Vital statistics of India. Vol. IV, Annual returns from 1871 to 1876. British Army of India, Native Army and jails of Bengal
Year: 1871
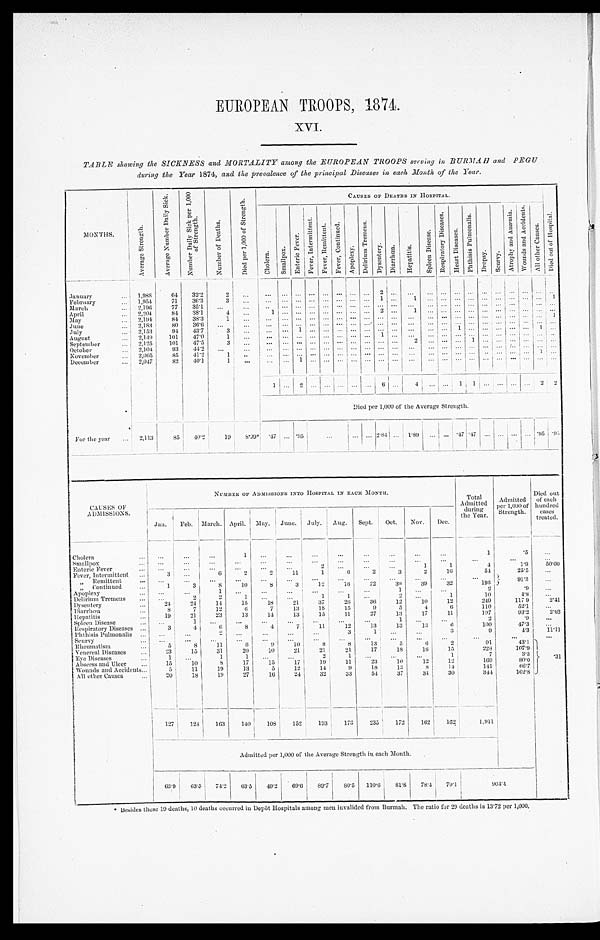
EUROPEAN TROOPS, 1874.
XVI.
TABLE showing the SICKNESS and MORTALITY among the EUROPEAN TROOPS serving in BURMAH and PEGU
during the Year 1874, and the prevalence of the principal Diseases in each Month of the Year.
MONTHS.
A v e r a g e S t r e n g t h .
A v e r a g e N u m b e r D a i l y S i c k .
N u m b e r D a i l y S i c k p e r 1 , 0 0 0 o f S t r e n g t h .
N u m b e r o f D e a t h s .
D i e d p e r 1 , 0 0 0 o f S t r e n g t h .
C A U S E S O F D E A T H S I N H O S P I T A L .
D i e d o u t o f H o s p i t a l .
C h o l e r a .
S m a l l p o x . Ent er i c Fever .
F e v e r , I n t e r m i t t e n t .
F e v e r , R e m i t t e n t .
F e v e r , C o n t i n u e d .
A p o p l e x y .
D e l i r i u m T r e m e n s .
D y s e n t e r y .
D i a r r h œ a .
H e p a t i t i s .
S p l e e n D i s e a s e .
R e s p i r a t o r y D i s e a s e s .
H e a r t D i s e a s e s .
P h t h i s i s P u l mo n a l i s .
D r o p s y .
S c u r v y .
A t r o p h y a n d A n æ m i a . W o u n d s a n d A c c i d e n t s .
A l l o t h e r C a u s e s .
January . . .
1,988
64
32.2
2
. . .
. . .
. . . . . .
. . .
. . .
. . .
. . .
. . .
2 . . .
. . .
. . .. . .
. . .
. . . . . . . . .. . . . . . . . .
. . .
February . . .
1,954
71
36.3
3
. . .
. . .
. . . . . .
. . . . . .
. . .
. . .
. . .
1 . . .
1
. . . . . .
. . .. . .
. . . . . . . . . . . .
. . .
1
March . . .
2,196
77
35.1
. . .
. . .
. . .
. . . . . .
. . .
. . .
. . .
. . .
. . . . . .. . .
. . .
. . . . . .
. . . . . . . . . . . . . . . . . . . . .
. . .
April . . .
2,204
84
38.1
4
. . . 1
. . .. . .
. . .
. . .
. . .
. . .
. . . 2 . . .
1
. . . . . .
. . . . . . . . . . . . . . . . . . . . .
. . .
May . . .
2,194
84
38.3
1 . . .
. . .
. . . . . .
. . .
. . .
. . .
. . .
. . . . . . . . .
. . .
. . . . . .
. . . . . . . . . . . . . . . . . . . . . 1
June . . .
2,183
80
36.6
. . .
. . .
. . .
. . . . . .
. . .
. . .
. . .
. . .
. . .. . . . . .
. . .
. . . . . .
. . .. . . . . . . . . . . . . . .
. . .
. . .
July . . .
2,153
94
43.7
3
. . .
. . .
. . . 1
. . .
. . .
. . .
. . .
. . .. . . . . .
. . .
. . .. . .
1 . . . . . .. . . . . . . . . 1
. . .
August . . .
2,149
101
47.0
1
. . .
. . .
. . . . . .
. . . . . .
. . .
. . .
. . . 1 . . .
. . .
. . .. . .
. . .. . .
. . . . . . . . . . . . . . .
. . .
September . . .
2,125
101
47.5
3
. . .
. . .
. . . . . .
. . .
. . .
. . .
. . .
. . . . . .
. . . 2
. . .. . .
. . .1
. . .. . . . . . . . . . . .
. . .
October . . .
2,104
93
44.2
. . .
. . .
. . .
. . . . . .
. . .
. . .
. . .
. . .
. . . . . . . . . . . .
. . .. . .
. . .. . .
. . . . . . . . . . . . . . .
. . .
November . . .
2,065
85
41.2
1
. . .
. . .
. . . . . .
. . .
. . .
. . .
. . .
. . . . . . . . . . . .
. . .. . .
. . .. . . . . .. . . . . . . . . 1
. . .
December . . .
2,047
82
40.1
1
. . .
. . .
. . . 1
. . .
. . .
. . .
. . .
. . . . . .
. . .
. . .
. . . . . .
. . . . . .
. . .
. . . . . . . . .
. . .
. . .
1
. . .2
. . .
. . .
. . .
. . .
. . .
6 . . .
4
. . .. . .
1 1
. . . . . . . . . . . .
2
2
Died per 1,000 of the Average Strength
.
F o r t h e y e a r . . . 2,113
85
40.2
1 9
8. 99*
. 47
. . . .95
. . .
. . .
. . . 2.84
. . .
1.89
. . .
. . .
. 4 7 .47
. . .
. . .
. . . . . . .95
. 9 5
CAUSES OF
ADMISSIONS.
NUMBER OF ADMISSIONS INTO HOSPITAL IN EACH MONTH.
Total
Admitted
during
the Year.
Admitted
per 1000 of
Strength.
Died out
of each
hundred
cases
treated.
Jan.
Feb. March.
A p r i l .
M a y . June.
July.
Aug.
Sept.
Oct.
Nov.
Dec.
Cholera . . .
. . .
. . .
. . .
1
. . .
. . .
. . .
. . .
. . .
. . .
. . .
. . .
1
.5
. . .
Smallpox . . .
. . .
. . .
. . .
. . .
. . .
. . .
. . .
. . .
. . .
. . .
. . .
. . .
. . .
. . .
. . .
Enteric Fever . . .
. . .
. . .
. . .
. . .
. . .
. . .
2
. . .
. . .
. . .
1
1
4
1.9
50.00
Fever, Intermittent . . .
3
. . .
6
2
2
11
1
6
2
3
2
16
54
25.5
. . .
" Remittent . . .
. . .
. . .
. . .
. . .
. . .
. . .
. . .
. . .
. . .
. . .
. . .
. . .
. . .
91.3
. . .
" Continued . . .
1 .
3
8
1 0
8
3
12
16
22
.39
.39
.32
193
. . .
Apoplexy . . .
. . .
. . .
1
. . .
. . .
. . .
. . .
. . .
. . .
1
. . .
. . .
2
. 9
. . .
Delirium Tremens . . .
. . .
2
2
1
. . .
. . .
1
1
. . .
2
. . .
1
10
4.8
. . .
Dysentery . . .
24
24
14
15
18
21
37
26
36
12
10
12
249
117.9
2.41
Diarrhœa . . .
8
7
12
6
7
13
1 8
15
9
5
4
6
110
52.1
. . .
Hepatitis . . .
19
21
23
13
14
13
15
11
27
13
17
11
197
93.2
2.03
Spleen Disease . . .
. . .
1
. . .
. . .
. . .
. . .
. . .
. . .
. . .
1
. . .
. . .
2
.9
. . .
Respiratory Diseases . . .
3
4
6
8
4
7
11
12
13
13
13
6
100
47.3
. . .
Phthisis Pulmonalis . . .
. . .
. . .
2
. . .
. . .
. . .
. . .
3
1
. . .
. . .
3
9
4 . 3
11.11
Scurvy . . .
. . .
. . .
. . .
. . .
. . .
. . .
. . .
. . .
. . .
. . .
. . .
. . .
. . .
. . .
. . .
R h e u m a t i s m . . .
5
8
11
6
9
10
8
8
13
5
6
2
91
4 3 . 1
. 31
Venereal Diseases . . .
23
15
31
20
10
21
21
21
17
18
16
15
228
107.9
Eve Diseases . . .
1
. . .
1
1
. . .
. . .
2
1
. . .
. . .
. . .
1
7
3 . 3
Abscess and Ulcer . . .
15
10
8
17
15
17
19
11
23
10
12
12
169
80.
Wounds and Accidents . . .
5
1 1
19
13
5
12
14
9
18
13
8
14
141
66.7
All other Causes . . .
20 18
19
27
16
24
32
33
54
37
34
30
344
162.8
127 1 2 4
163
140
108
152
193
173
235
172
162
162
1,911
Admitted per 1,000 of the Average Strength in each Month.
63.9
63.5
74.2 63.5
49.2
69.6
89.7
80.5
110.6
81. 8
78.4 79.1
904. 4
*Besides these 19 deaths, 10 deaths occurred in Depôt Hospitals among men invalided from Burmah. The ratio for 22 deaths is 13.72 per 1,000.